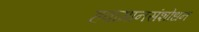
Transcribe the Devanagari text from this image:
हवामानसंशोधन